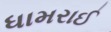
ધામરાઈ